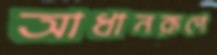
আধানরূপে